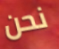
نحن